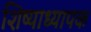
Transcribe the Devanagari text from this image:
शिष्याध्यापक